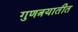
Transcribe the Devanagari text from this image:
गुणत्रयातीत